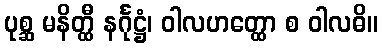
ပုစ္ဆ မနိတ္ထီ နင်္ဂုဋ္ဌံ၊ ဝါလဟတ္ထော စ ဝါလဓိ။